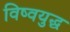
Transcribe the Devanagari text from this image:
विष्वयुद्ध